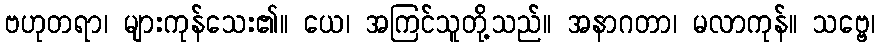
ဗဟုတရာ၊ များကုန်သေး၏။ ယေ၊ အကြင်သူတို့သည်။ အနာဂတာ၊ မလာကုန်။ သဗ္ဗေ၊